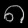
Digit: ၈